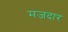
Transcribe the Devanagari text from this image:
मजदार